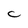
Character: C